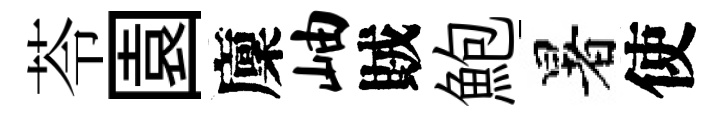
苓園廩岫賊鮑暑使